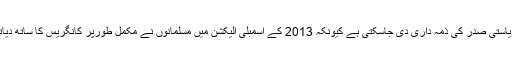
حالانکہ یہ بھی قیاس آرائی کی جارہی تھی کہ اس بار کسی مسلم لیڈر کو ریاستی صدر کی ذمہ داری دی جاسکتی ہے کیونکہ 2013 کے اسمبلی الیکشن میں مسلمانوں نے مکمل طورپر کانگریس کا ساتھ دیاتھا، جبکہ اس سے قبل بھی مسلمان ہمیشہ کانگریس کا ساتھ دیتے رہے ہیں۔